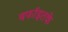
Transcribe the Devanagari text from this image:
बर्फाइतके